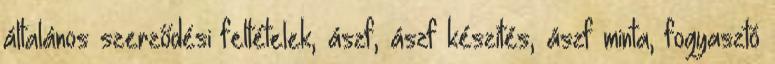
általános szerződési feltételek, ászf, ászf készítés, ászf minta, fogyasztó